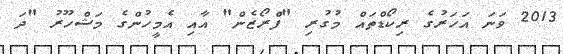
2013 ވަނަ އަހަރުގެ ރިކޯޑްތައް މުގުރި "ފްރޯޒެން" އާއި އެމީހުންގެ މަޝްހޫރު "ދަ